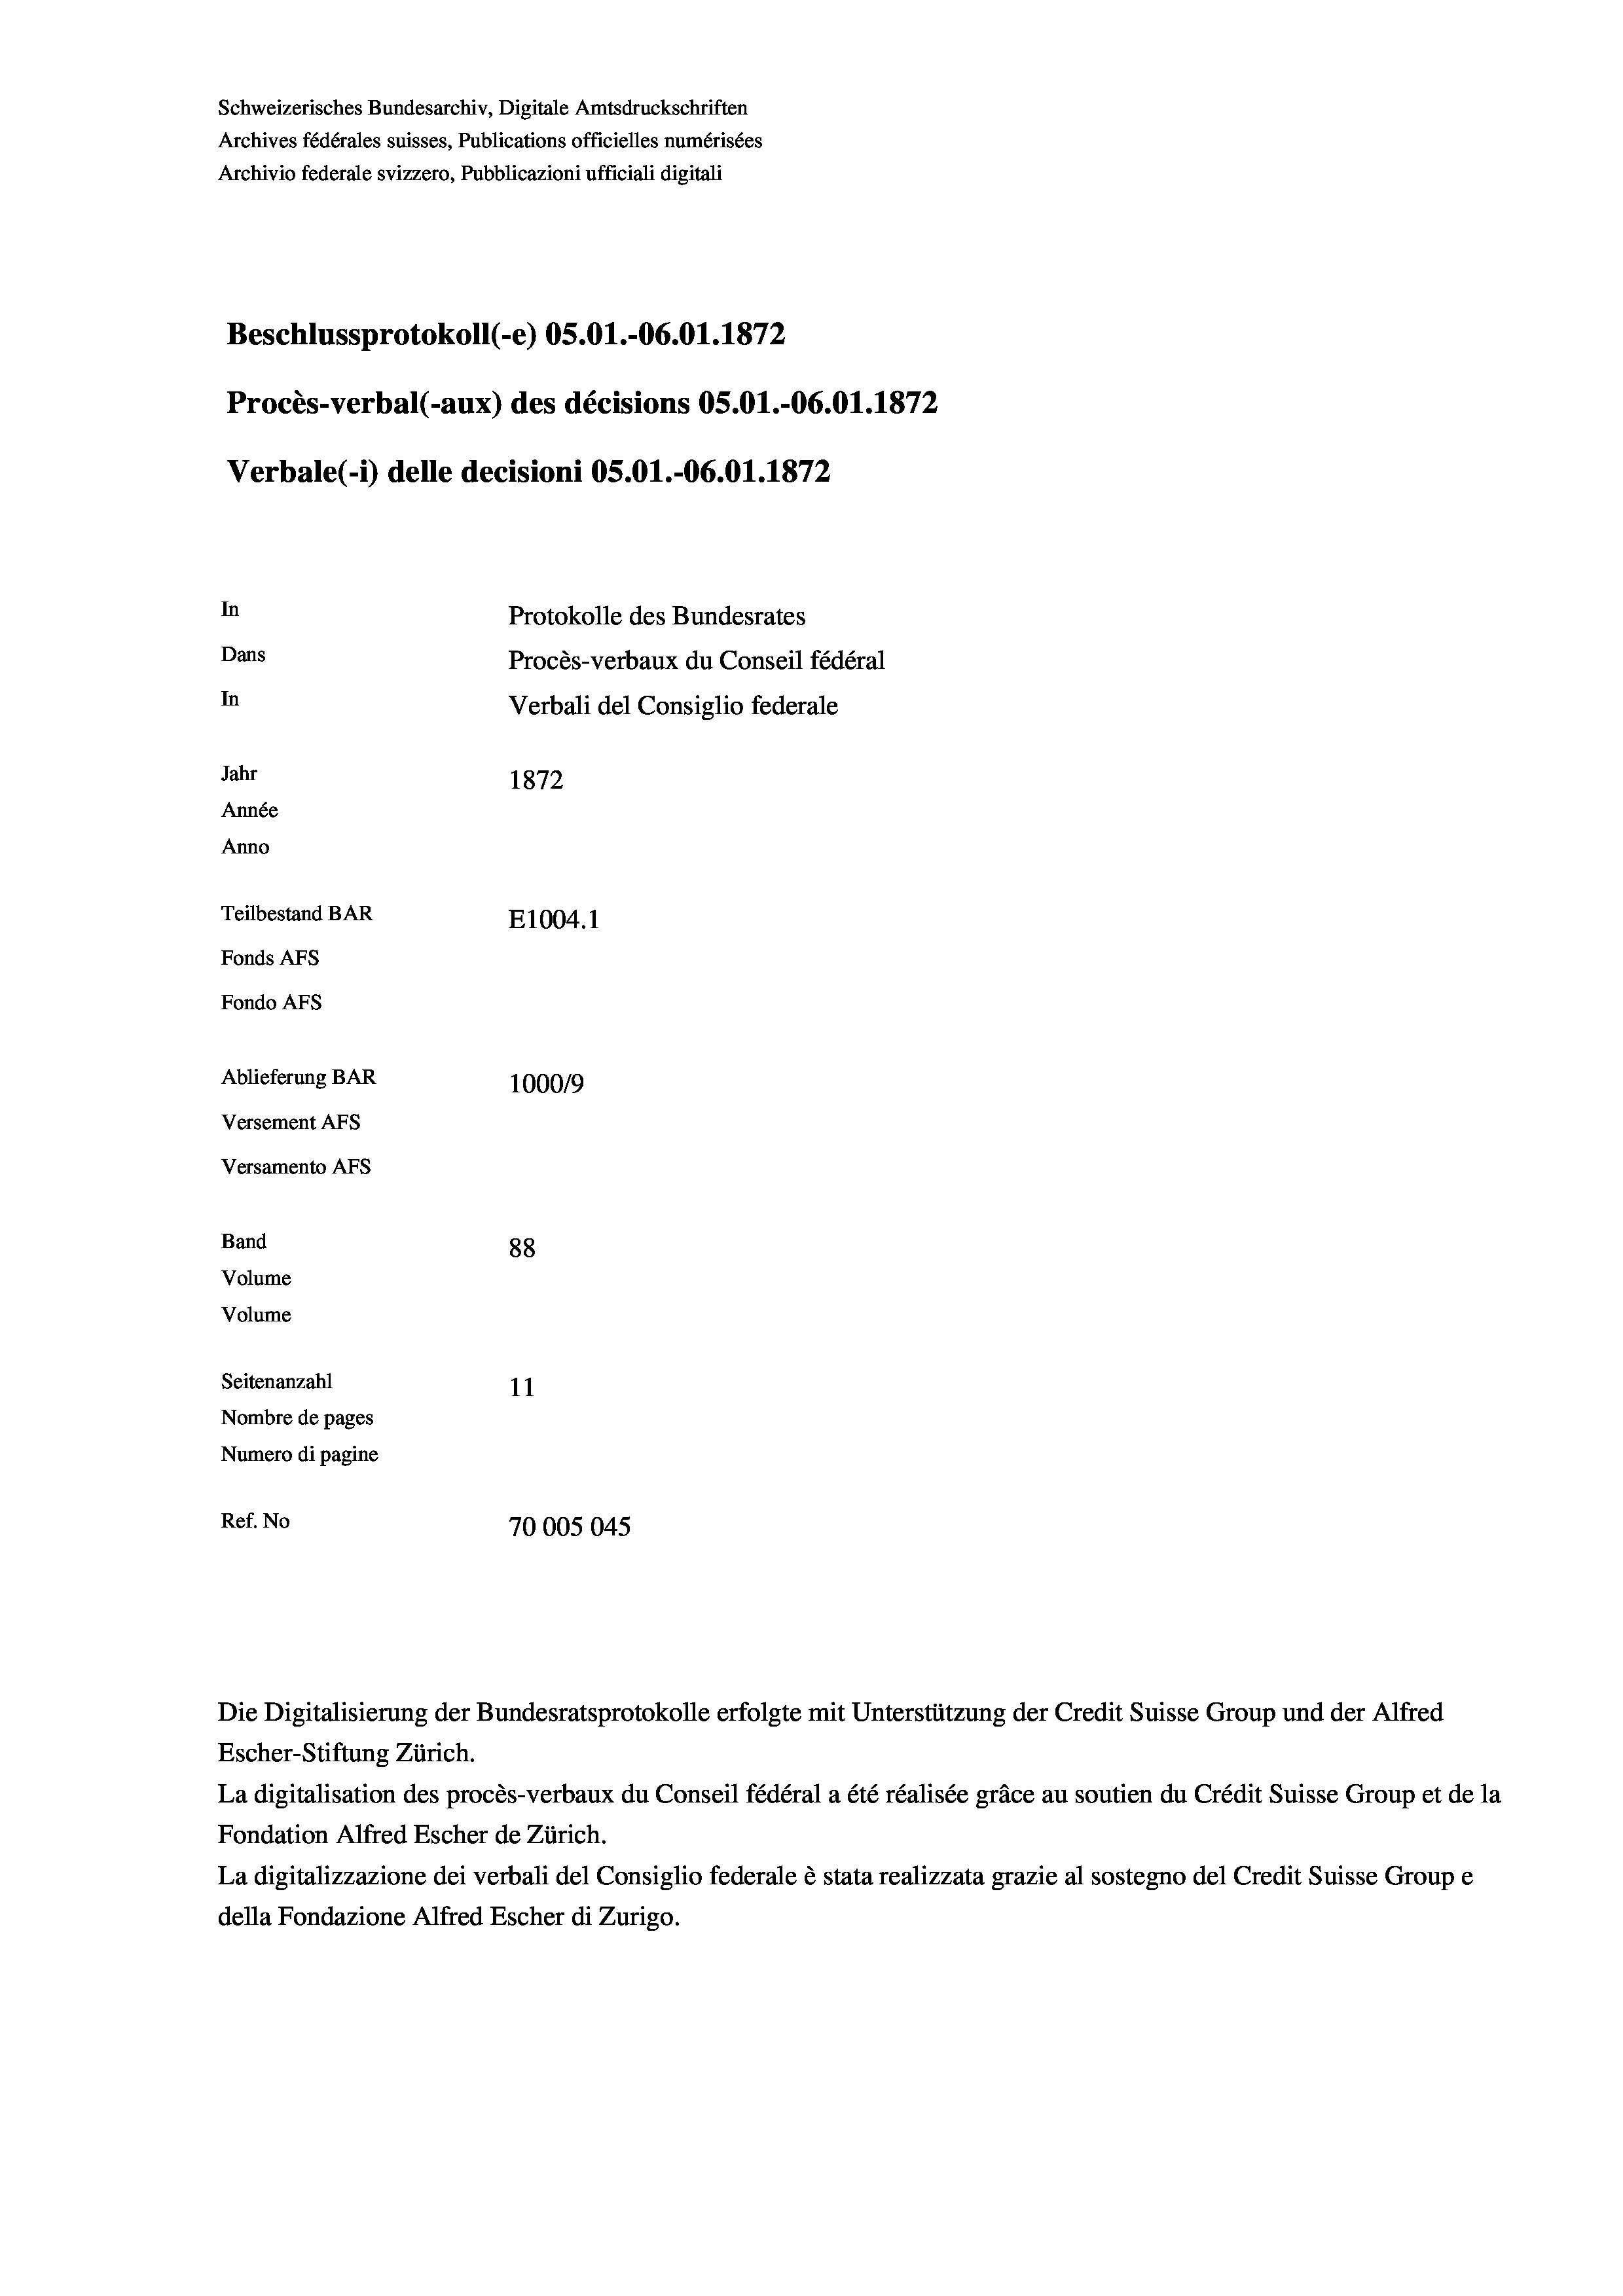
Schweizerisches Bundesarchiv, Digitale Amtsdruckschriften
Archives fédérales suisses, Publications officielles numérisées
Archivio federale svizzero, Pubblicazioni ufficiali digitali
Beschlussprotokoll (-e) OS.O1.-06.01. 1872
Procès-verbal (-aux) des décisions OS.O1.-06.01. 1872
Verbale (1) delle decisioni OS.O1.-O6.01. 1872
In
Protokolle des Bundesrates
Dans
Procès-verbaux du Conseil fédéral
In
Verbali del Consiglio federale
Jahr
1872
Année
Anno
Teilbestand BAR
E1004. 1
Fonds AFs
Fondo AFs
Ablieferung BAR
100019
Versement AFs
Versamento Afs
Band
88
Volume
Volume
Seitenanzahl
11
Nombre de pages
Numero di pagine
Ref. No
70005045

Die Digitalisierung der Bundesratsprotokolle erfolgte mit Unterstützung der Credit Suisse Group und der Alfred
Escher-Stiftung Zürich.
La digitalisation des procès-verbaux du Conseil fédéral a été réalisée gräce au soutien du Crédit Suisse Group et de la
Fondation Alfred Escher de Zürich.
La digitalizzazione dei verbali del Consiglio federale è stata realizzata grazie al sostegno del Credit Suisse Groupe
della Fondazione Alfred Escher di Zurigo.